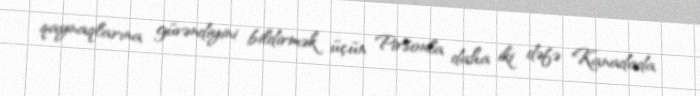
qaynaqlarına güvəndiyini bildirmək üçün Pirsonla daha iki dəfə Kanadada